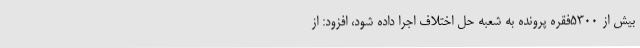
بیش از 5300فقره پرونده به شعبه حل اختلاف اجرا داده شود، افزود: از